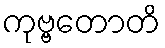
ကုဗ္ဗတောတိ